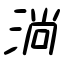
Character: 淌